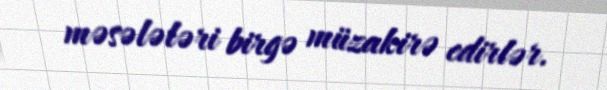
məsələləri birgə müzakirə edirlər.